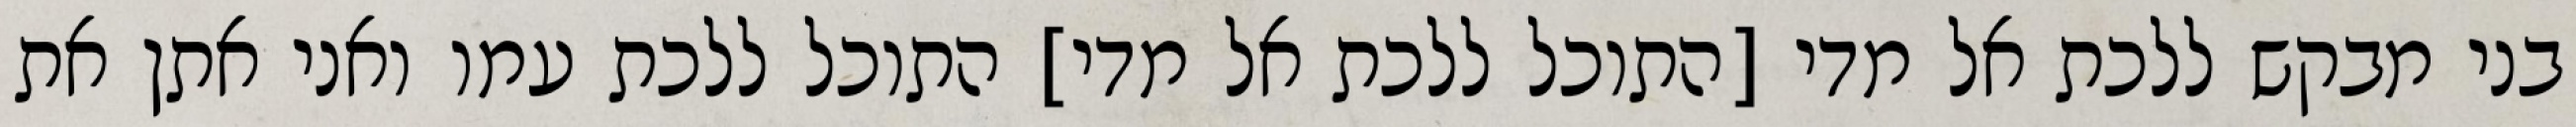
בני מבקש ללכת אל מדי [התוכל ללכת אל מדי] התוכל ללכת עמו ואני אתן את